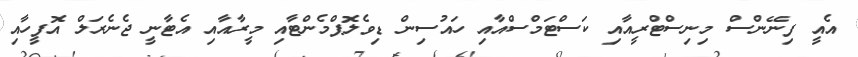
އެއީ ފިނޭންސް މިނިސްޓްރީއާއި ކަސްޓަމްސްއާއި ހައުސިން ޑިވެލޮޕްމެންޓާއި މީރާއާއި އެޓާނީ ޖެނެރަލް އޮފީހާއި